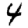
Digit: 4